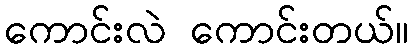
ကောင်းလဲ ကောင်းတယ်။